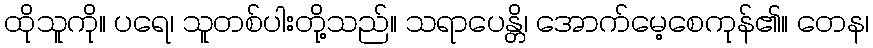
ထိုသူကို။ ပရေ၊ သူတစ်ပါးတို့သည်။ သရာပေန္တိ၊ အောက်မေ့စေကုန်၏။ တေန၊